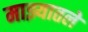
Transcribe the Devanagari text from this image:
माझ्यातले